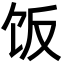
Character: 饭